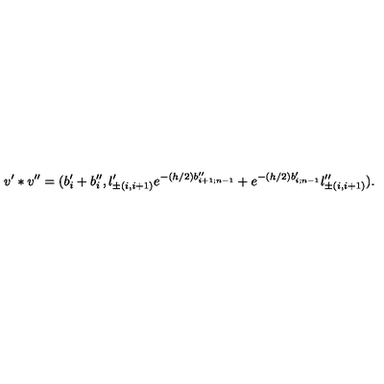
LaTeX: v ^ { \prime } * v ^ { \prime \prime } = ( b _ { i } ^ { \prime } + b _ { i } ^ { \prime \prime } , l _ { \pm ( i , i + 1 ) } ^ { \prime } e ^ { - ( h / 2 ) b _ { i + 1 ; n - 1 } ^ { \prime \prime } } + e ^ { - ( h / 2 ) b _ { i ; n - 1 } ^ { \prime } } l _ { \pm ( i , i + 1 ) } ^ { \prime \prime } ) .